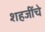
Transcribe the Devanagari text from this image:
शहजींचे